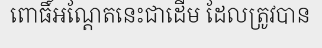
ពោធិ៍អណ្តែតនេះជាដើម ដែលត្រូវបាន